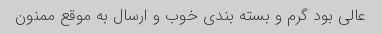
عالی بود گرم و بسته بندی خوب و ارسال به موقع ممنون